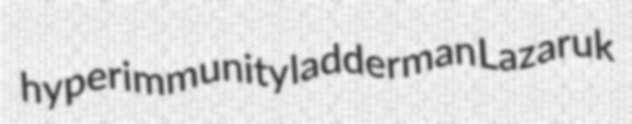
hyperimmunity ladderman Lazaruk